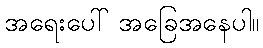
အရေးပေါ် အခြေအနေပါ။